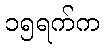
၁၅ရက်က